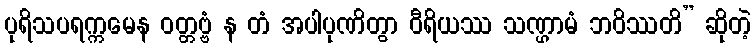
ပုရိသပရက္ကမေန ဝတ္တဗ္ဗံ န တံ အပါပုဏိတွာ ဝီရိယဿ သဏ္ဌာမံ ဘဝိဿတိ” ဆိုတဲ့